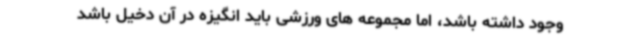
وجود داشته باشد، اما مجموعه‌ های ورزشی باید انگیزه در آن دخیل باشد